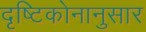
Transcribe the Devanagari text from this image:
दृष्टिकोनानुसार